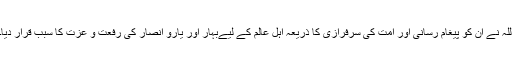
اللہ نے ان کو پیغام رسانی اور امت کی سرفرازی کا ذریعہ اہل عالم کے ليےبہار اور یارو انصار کی رفعت و عزت کا سبب قرار دیا۔